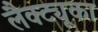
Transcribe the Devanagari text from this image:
लैक्ट्यूका